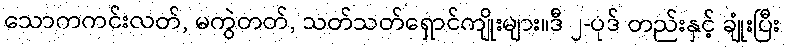
သောကကင်းလတ်, မကွဲတတ်, သတ်သတ်ရှောင်ကျိုးများ။ဒီ ၂-ပုဒ် တည်းနှင့် ချုံးပြီး